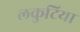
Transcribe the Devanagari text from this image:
लकुटिया